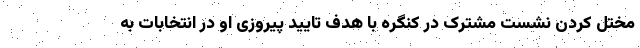
مختل کردن نشست مشترک در کنگره با هدف تایید پیروزی او در انتخابات به